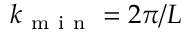
{ { k } _ { \mathrm { ~ m ~ i ~ n ~ } } } = { 2 \pi } / { L }